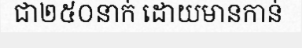
ជា២៥០នាក់ ដោយមានកាន់